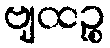
ဗျထဉ္စ